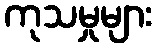
ကုသမှုများ